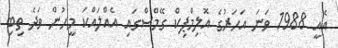
އެއީ 1988 ވަނަ އަހަރުގެ އޮލިމްޕިކް ގޭމްސްގައި އެއްލައްކަ މީހުން ވަދެ ތިބި